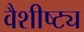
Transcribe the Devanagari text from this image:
वैशीष्ट्य